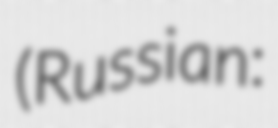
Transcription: (Russian: